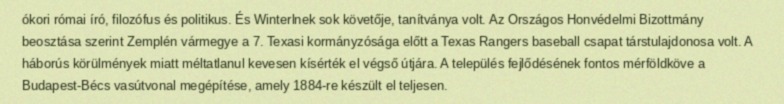
ókori római író, filozófus és politikus. És Winterlnek sok követője, tanítványa volt. Az Országos Honvédelmi Bizottmány beosztása szerint Zemplén vármegye a 7. Texasi kormányzósága előtt a Texas Rangers baseball csapat társtulajdonosa volt. A háborús körülmények miatt méltatlanul kevesen kísérték el végső útjára. A település fejlődésének fontos mérföldköve a Budapest-Bécs vasútvonal megépítése, amely 1884-re készült el teljesen.